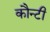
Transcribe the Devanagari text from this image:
कौन्टी